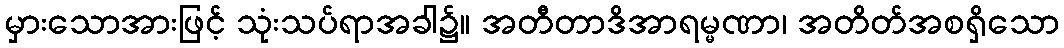
မှားသောအားဖြင့် သုံးသပ်ရာအခါ၌။ အတီတာဒိအာရမ္မဏာ၊ အတိတ်အစရှိသော